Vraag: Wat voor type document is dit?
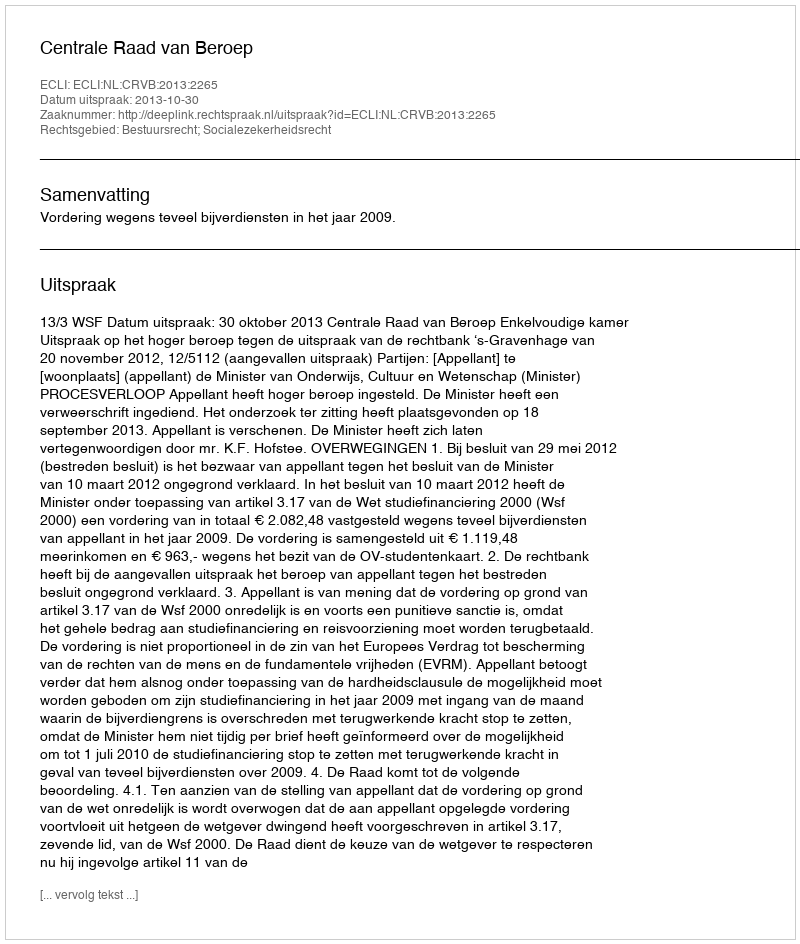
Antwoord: Uitspraak